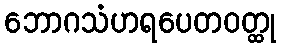
ဘောဂသံဟရပေတဝတ္ထု